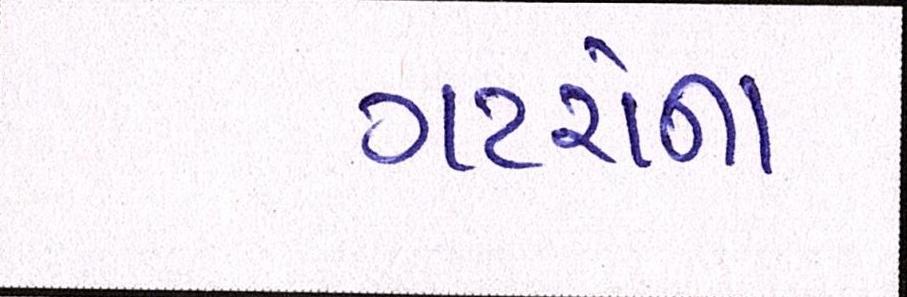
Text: ગટરોના